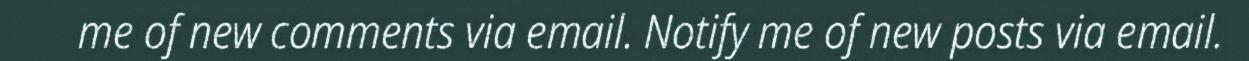
me of new comments via email. Notify me of new posts via email.